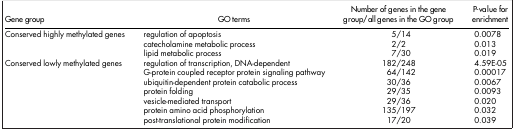
<table><thead><tr><td><b>Gene group</b></td><td><b>GO terms</b></td><td><b>Number of genes in the gene group/all genes in the GO group</b></td><td><b>P-value for enrichment</b></td></tr></thead><tbody><tr><td>Conserved highly methylated genes</td><td>regulation of apoptosis</td><td>5/14</td><td>0.0078</td></tr><tr><td> </td><td>catecholamine metabolic process</td><td>2/2</td><td>0.013</td></tr><tr><td> </td><td>lipid metabolic process</td><td>7/30</td><td>0.019</td></tr><tr><td>Conserved lowly methylated genes</td><td>regulation of transcription, DNA-dependent</td><td>182/248</td><td>4.59E-05</td></tr><tr><td> </td><td>G-protein coupled receptor protein signaling pathway</td><td>64/142</td><td>0.00017</td></tr><tr><td> </td><td>ubiquitin-dependent protein catabolic process</td><td>30/36</td><td>0.0067</td></tr><tr><td> </td><td>protein folding</td><td>29/35</td><td>0.0093</td></tr><tr><td> </td><td>vesicle-mediated transport</td><td>29/36</td><td>0.020</td></tr><tr><td> </td><td>protein amino acid phosphorylation</td><td>135/197</td><td>0.032</td></tr><tr><td> </td><td>post-translational protein modification</td><td>17/20</td><td>0.039</td></tr></tbody></table>